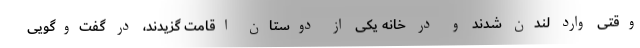
وقتی وارد لندن شدند و در خانه یکی از دوستان اقامت گزیدند، در گفت‌وگویی